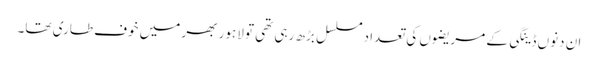
ان دنوں ڈینگی کے مریضوں کی تعداد مسلسل بڑھ رہی تھی تو لاہور بھر میں خوف طاری تھا۔